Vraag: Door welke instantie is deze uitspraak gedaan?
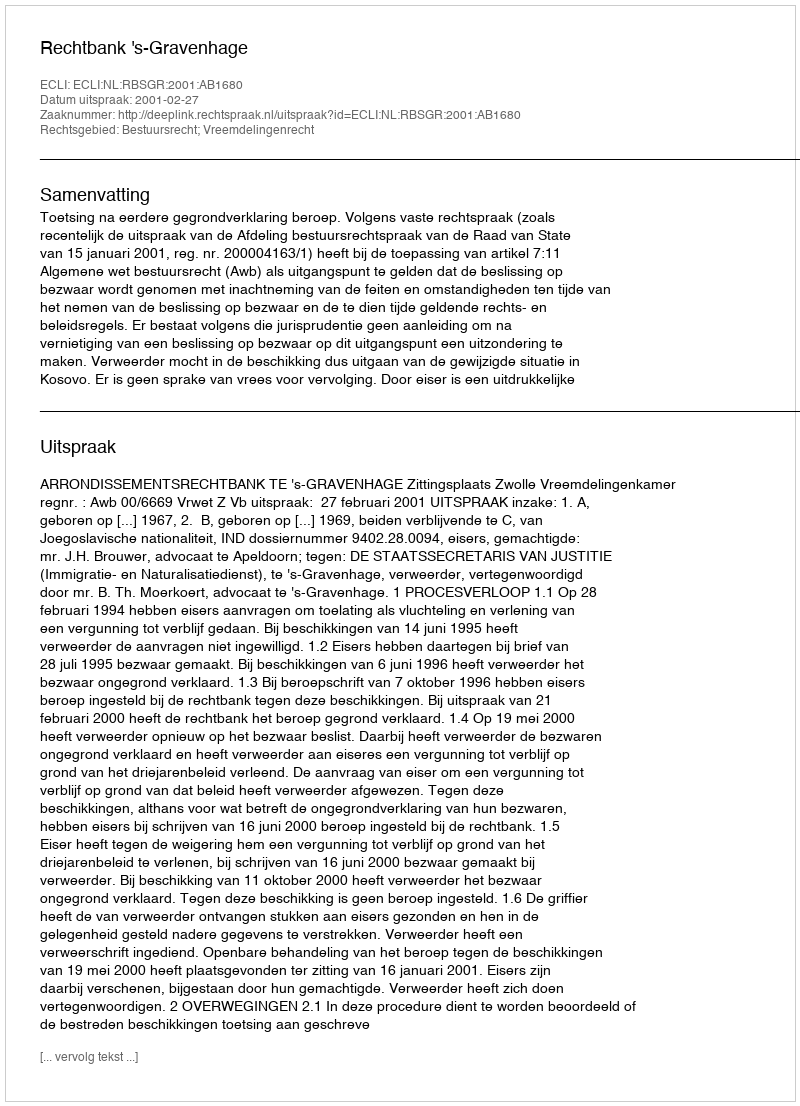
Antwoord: Rechtbank 's-Gravenhage